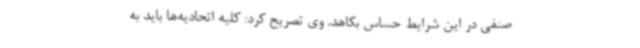
صنفی در این شرایط حساس بکاهد. وی تصریح کرد: کلیه اتحادیه‌ها باید به